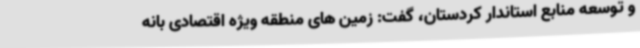
و توسعه منابع استاندار کردستان، گفت: زمین های منطقه ویژه اقتصادی بانه